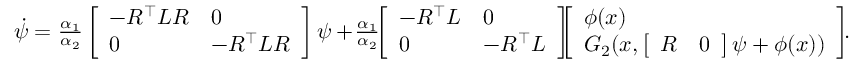
\begin{array} { r l } & { \dot { \psi } = \frac { \alpha _ { 1 } } { \alpha _ { 2 } } \left[ \begin{array} { l l } { - R ^ { \top } L R } & { 0 } \\ { 0 } & { - R ^ { \top } L R } \end{array} \right] \psi + \! \frac { \alpha _ { 1 } } { \alpha _ { 2 } } \! \! \left[ \begin{array} { l l } { - R ^ { \top } L } & { 0 } \\ { 0 } & { - R ^ { \top } L } \end{array} \right] \! \! \! \left[ \begin{array} { l } { \phi ( x ) } \\ { G _ { 2 } ( x , \left[ \begin{array} { l l } { R } & { 0 } \end{array} \right] \psi + \phi ( x ) ) } \end{array} \right] \! \! . } \end{array}